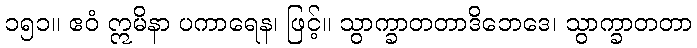
၁၅၁။ ဧဝံ ဣမိနာ ပကာရေန၊ ဖြင့်။ သွာက္ခာတတာဒိဘေဒေ၊ သွာက္ခာတတာ